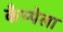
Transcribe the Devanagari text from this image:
कैप्पेला